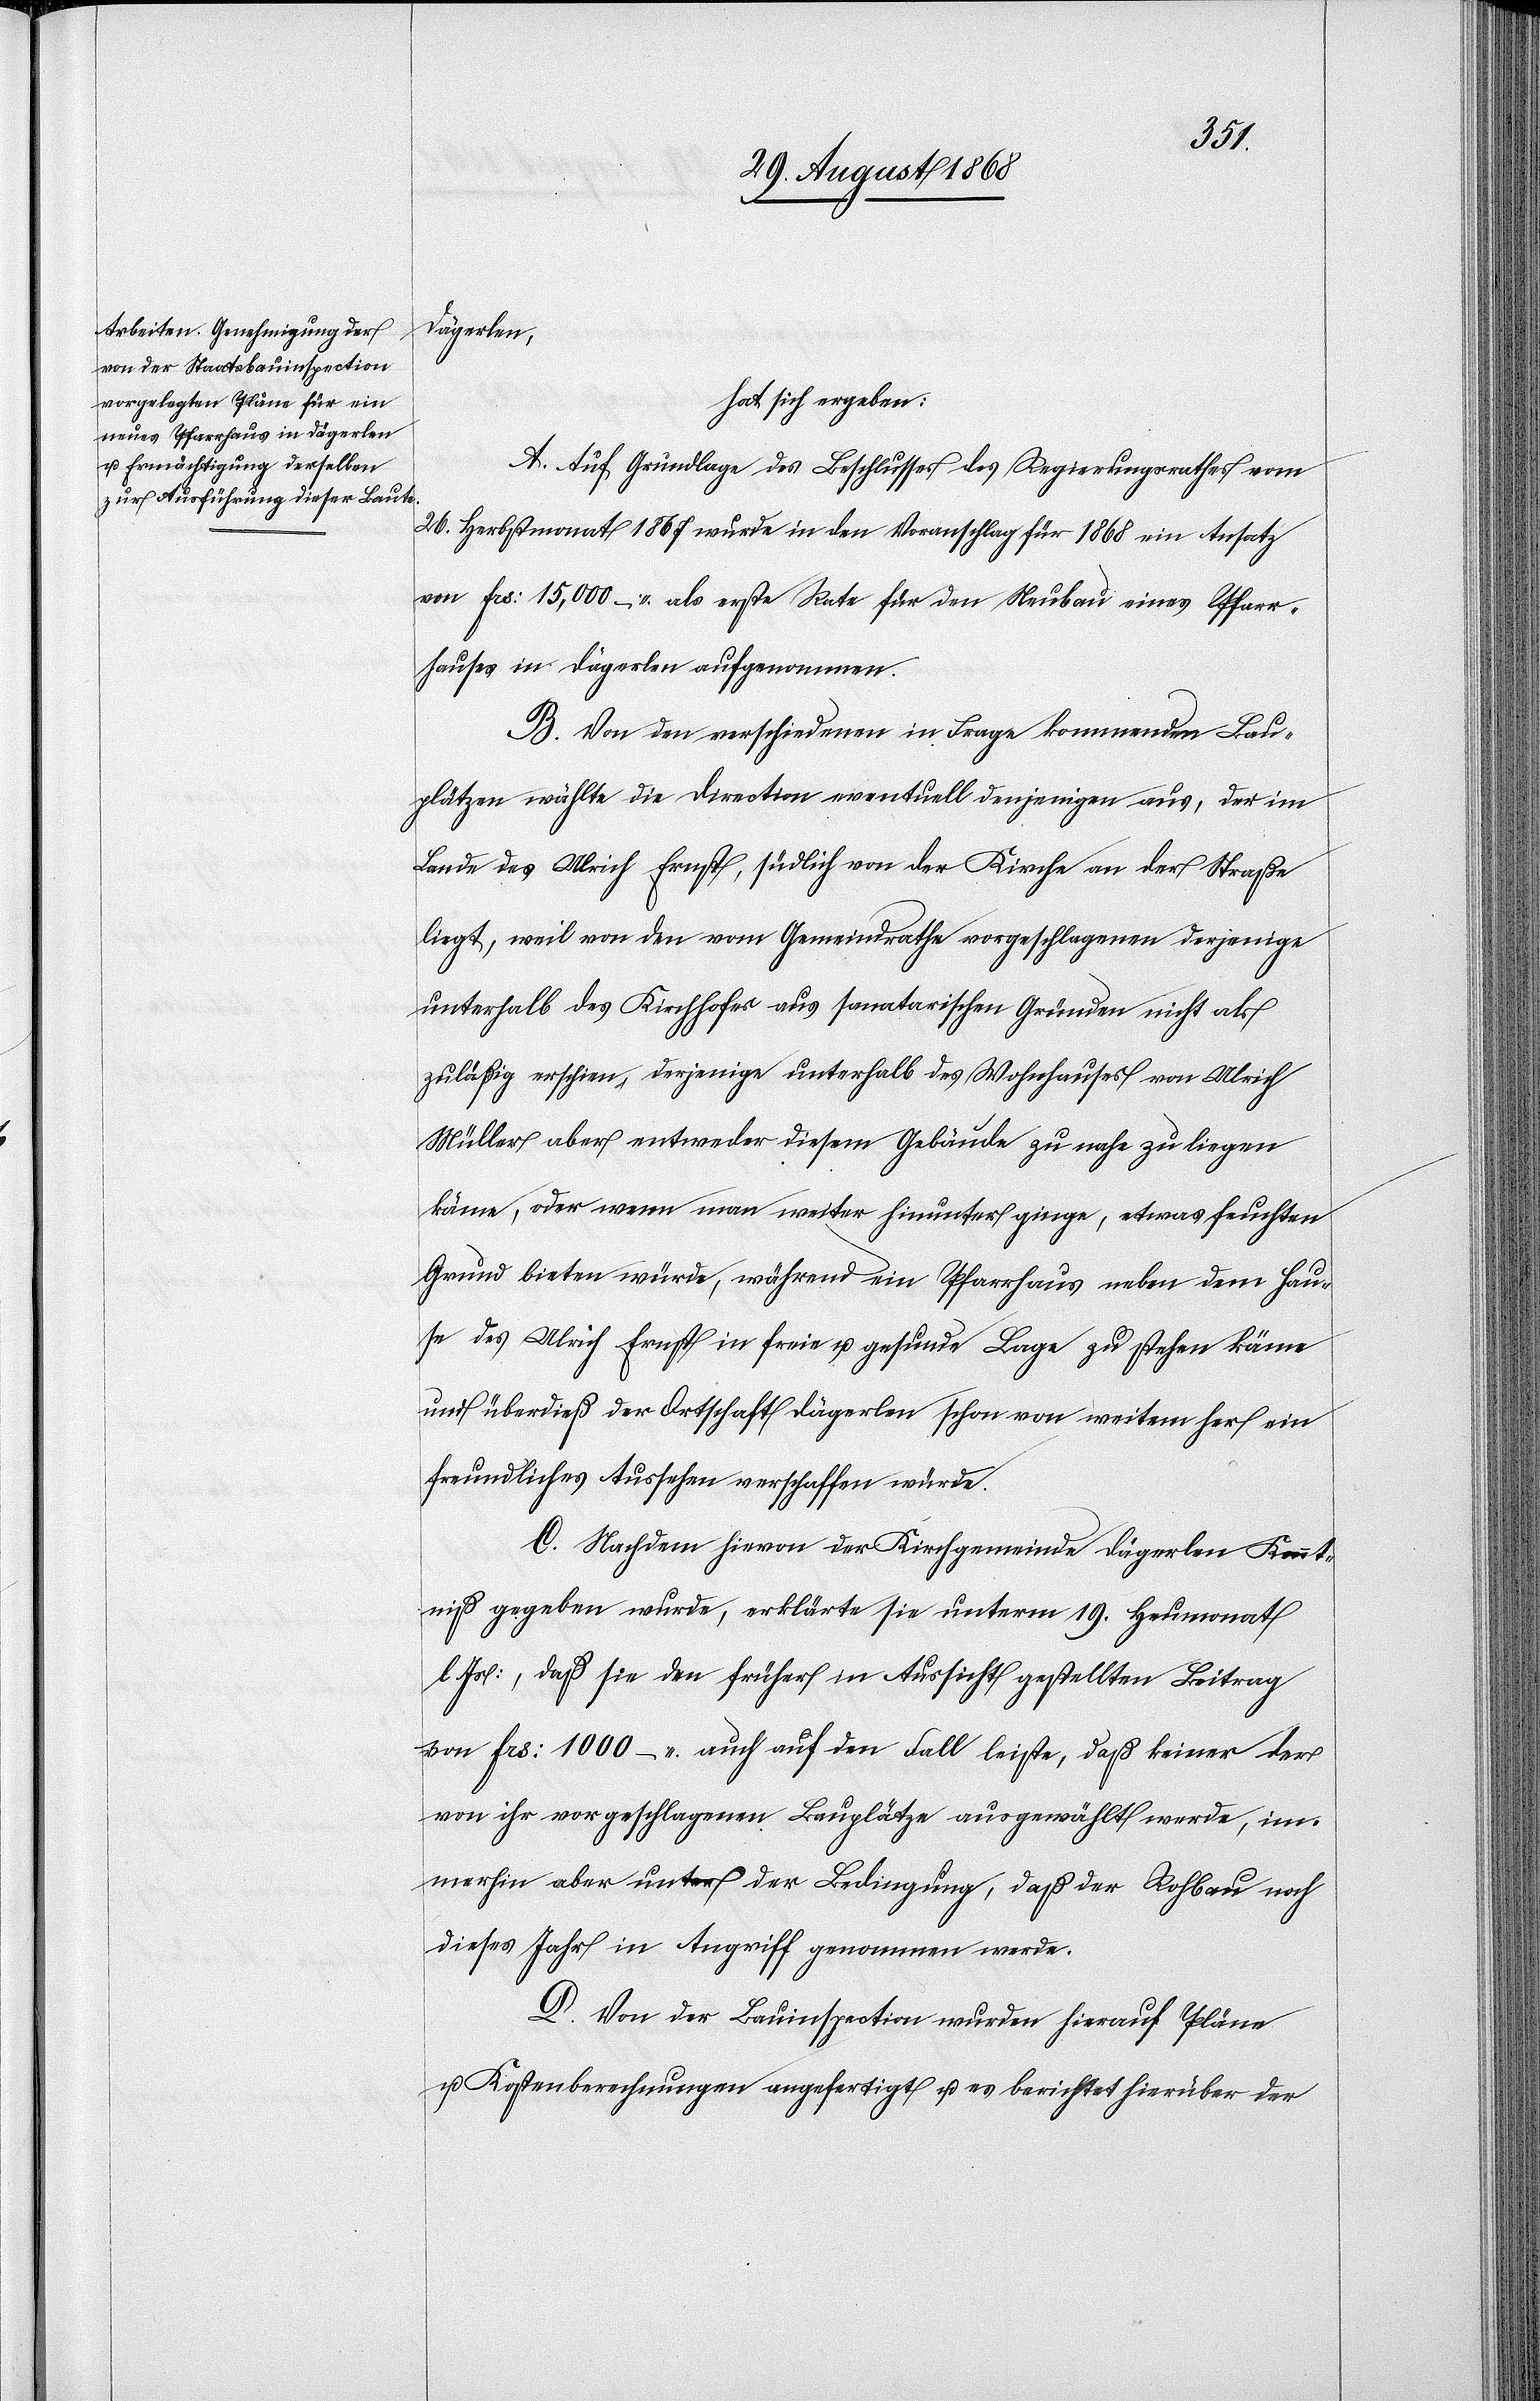
Dägerlen,
hat sich ergeben:
A. Auf Grundlage des Beschlusses des Regierungsrathes vom
26. Herbstmonat 1867 wurde in den Voranschlag für 1868 ein Ansatz
von Frs: 15,000 – als erste Rate für den Neubau eines Pfarr¬
hauses in Dägerlen aufgenommen.
B. Von den verschiedenen in Frage kommenden Bau¬
plätzen wählte die Direction eventuell denjenigen aus, der im
Lande des Ulrich Ernst, südlich von der Kirche an der Straße
liegt, weil von den vom Gemeindrathe vorgeschlagenen derjenige
unterhalb des Kirchhofes aus sanatarischen [sic!] Gründen nicht als
zuläßig erschien, derjenige unterhalb des Wohnhauses von Ulrich
Müller aber entweder diesem Gebäude zu nahe zu liegen
käme, oder wenn man weiter hinunter ginge, etwas feuchten
Grund bieten würde, während ein Pfarrhaus neben dem Hau¬
se des Ulrich Ernst in freie u. gesunde Lage zu stehen käme
und überdieß der Ortschaft Dägerlen schon von weitem her ein
freundliches Aussehen verschaffen würde.
C. Nachdem hievon der Kirchgemeinde Dägerlen Kennt¬
niß gegeben wurde, erklärte sie unterm 19. Heumonat
l. Js:, daß sie den früher in Aussicht gestellten Beitrag
von Frs: 1000 – auch auf den Fall leiste, daß keiner der
von ihr vorgeschlagenen Bauplätze ausgewählt werde, im¬
merhin aber unter der Bedingung, daß der Rohbau noch
dieses Jahr in Angriff genommen werde.
D. Von der Bauinspection wurden hierauf Pläne
u. Kostenberechnungen angefertigt u. es berichtet hierüber der